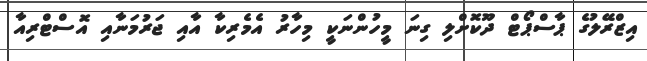
އިޒްރޭލުގެ ޕާސްޕޯޓް ދޫކޮށްލި ގިނަ މީހުންނަކީ މިހާރު އެމެރިކާ އާއި ޖަރުމަނާއި އޮސްޓްރިއާ